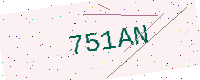
Text: 751AN